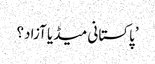
’پاکستانی میڈیا آزاد؟